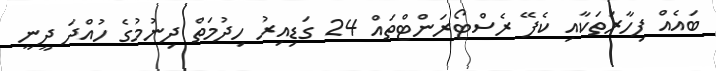
ބައެއް ފިހާރަތަކާއި ކެފޭ ރެސްޓޯރަންޓްތައް 24 ގަޑިއިރު ހިދުމަތް ދިނުމުގެ ހުއްދަ ދީނީ